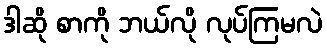
ဒါဆို စာကို ဘယ်လို လုပ်ကြမလဲ